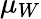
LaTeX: \mu_{W}